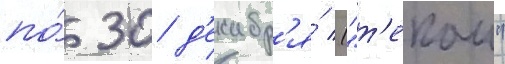
по́ 30 д'екабр'я́ ("т'екаи"